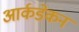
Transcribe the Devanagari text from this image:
आर्कडेकन